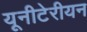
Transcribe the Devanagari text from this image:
यूनीटेरीयन